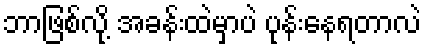
ဘာဖြစ်လို့ အခန်းထဲမှာပဲ ပုန်းနေရတာလဲ